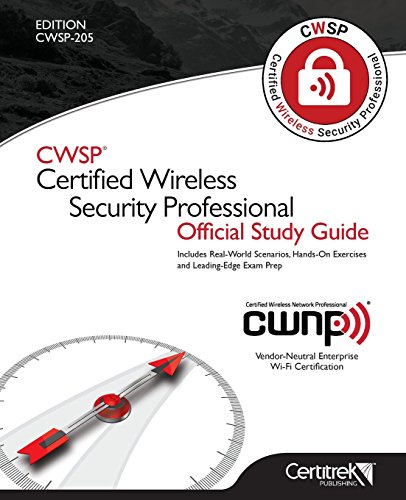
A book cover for CWSP Â®Certified Wireless Security Professional Official Study Guide; Certitrek Publishing; Computers & Technology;